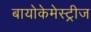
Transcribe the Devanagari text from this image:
बायोकेमेस्ट्रीज